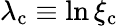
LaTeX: \lambda_{\mathrm{c}}\equiv\ln\xi_{\mathrm{c}}